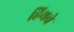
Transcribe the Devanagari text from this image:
हिथचे